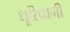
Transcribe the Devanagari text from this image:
धूरिधानी